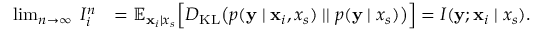
\begin{array} { r l } { \operatorname* { l i m } _ { n \to \infty } \; I _ { i } ^ { n } } & { = \mathbb { E } _ { { \mathbf { x } } _ { i } \mid x _ { s } } \Big [ D _ { \mathrm { K L } } \big ( p ( { \mathbf { y } } \mid { \mathbf { x } } _ { i } , x _ { s } ) \mid \mid p ( { \mathbf { y } } \mid x _ { s } ) \big ) \Big ] = I ( { \mathbf { y } } ; { \mathbf { x } } _ { i } \mid x _ { s } ) . } \end{array}